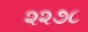
૨૨૭૮